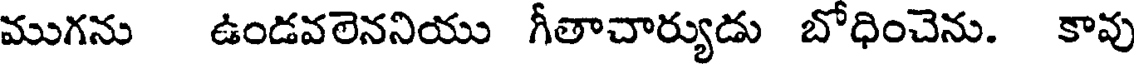
ముగను ఉండవలెననియు గీతాచార్యుడు బోధించెను. కావు